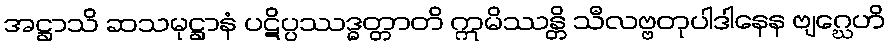
အဋ္ဌာသိ ဆသမုဋ္ဌာနံ ပဋိပ္ပဿဒ္ဓတ္တာတိ ဣမိဿန္တိ သီလဗ္ဗတုပါဒါနေန ဗျဂ္ဃေဟိ